Trukikaitis_Postimees, lk 92
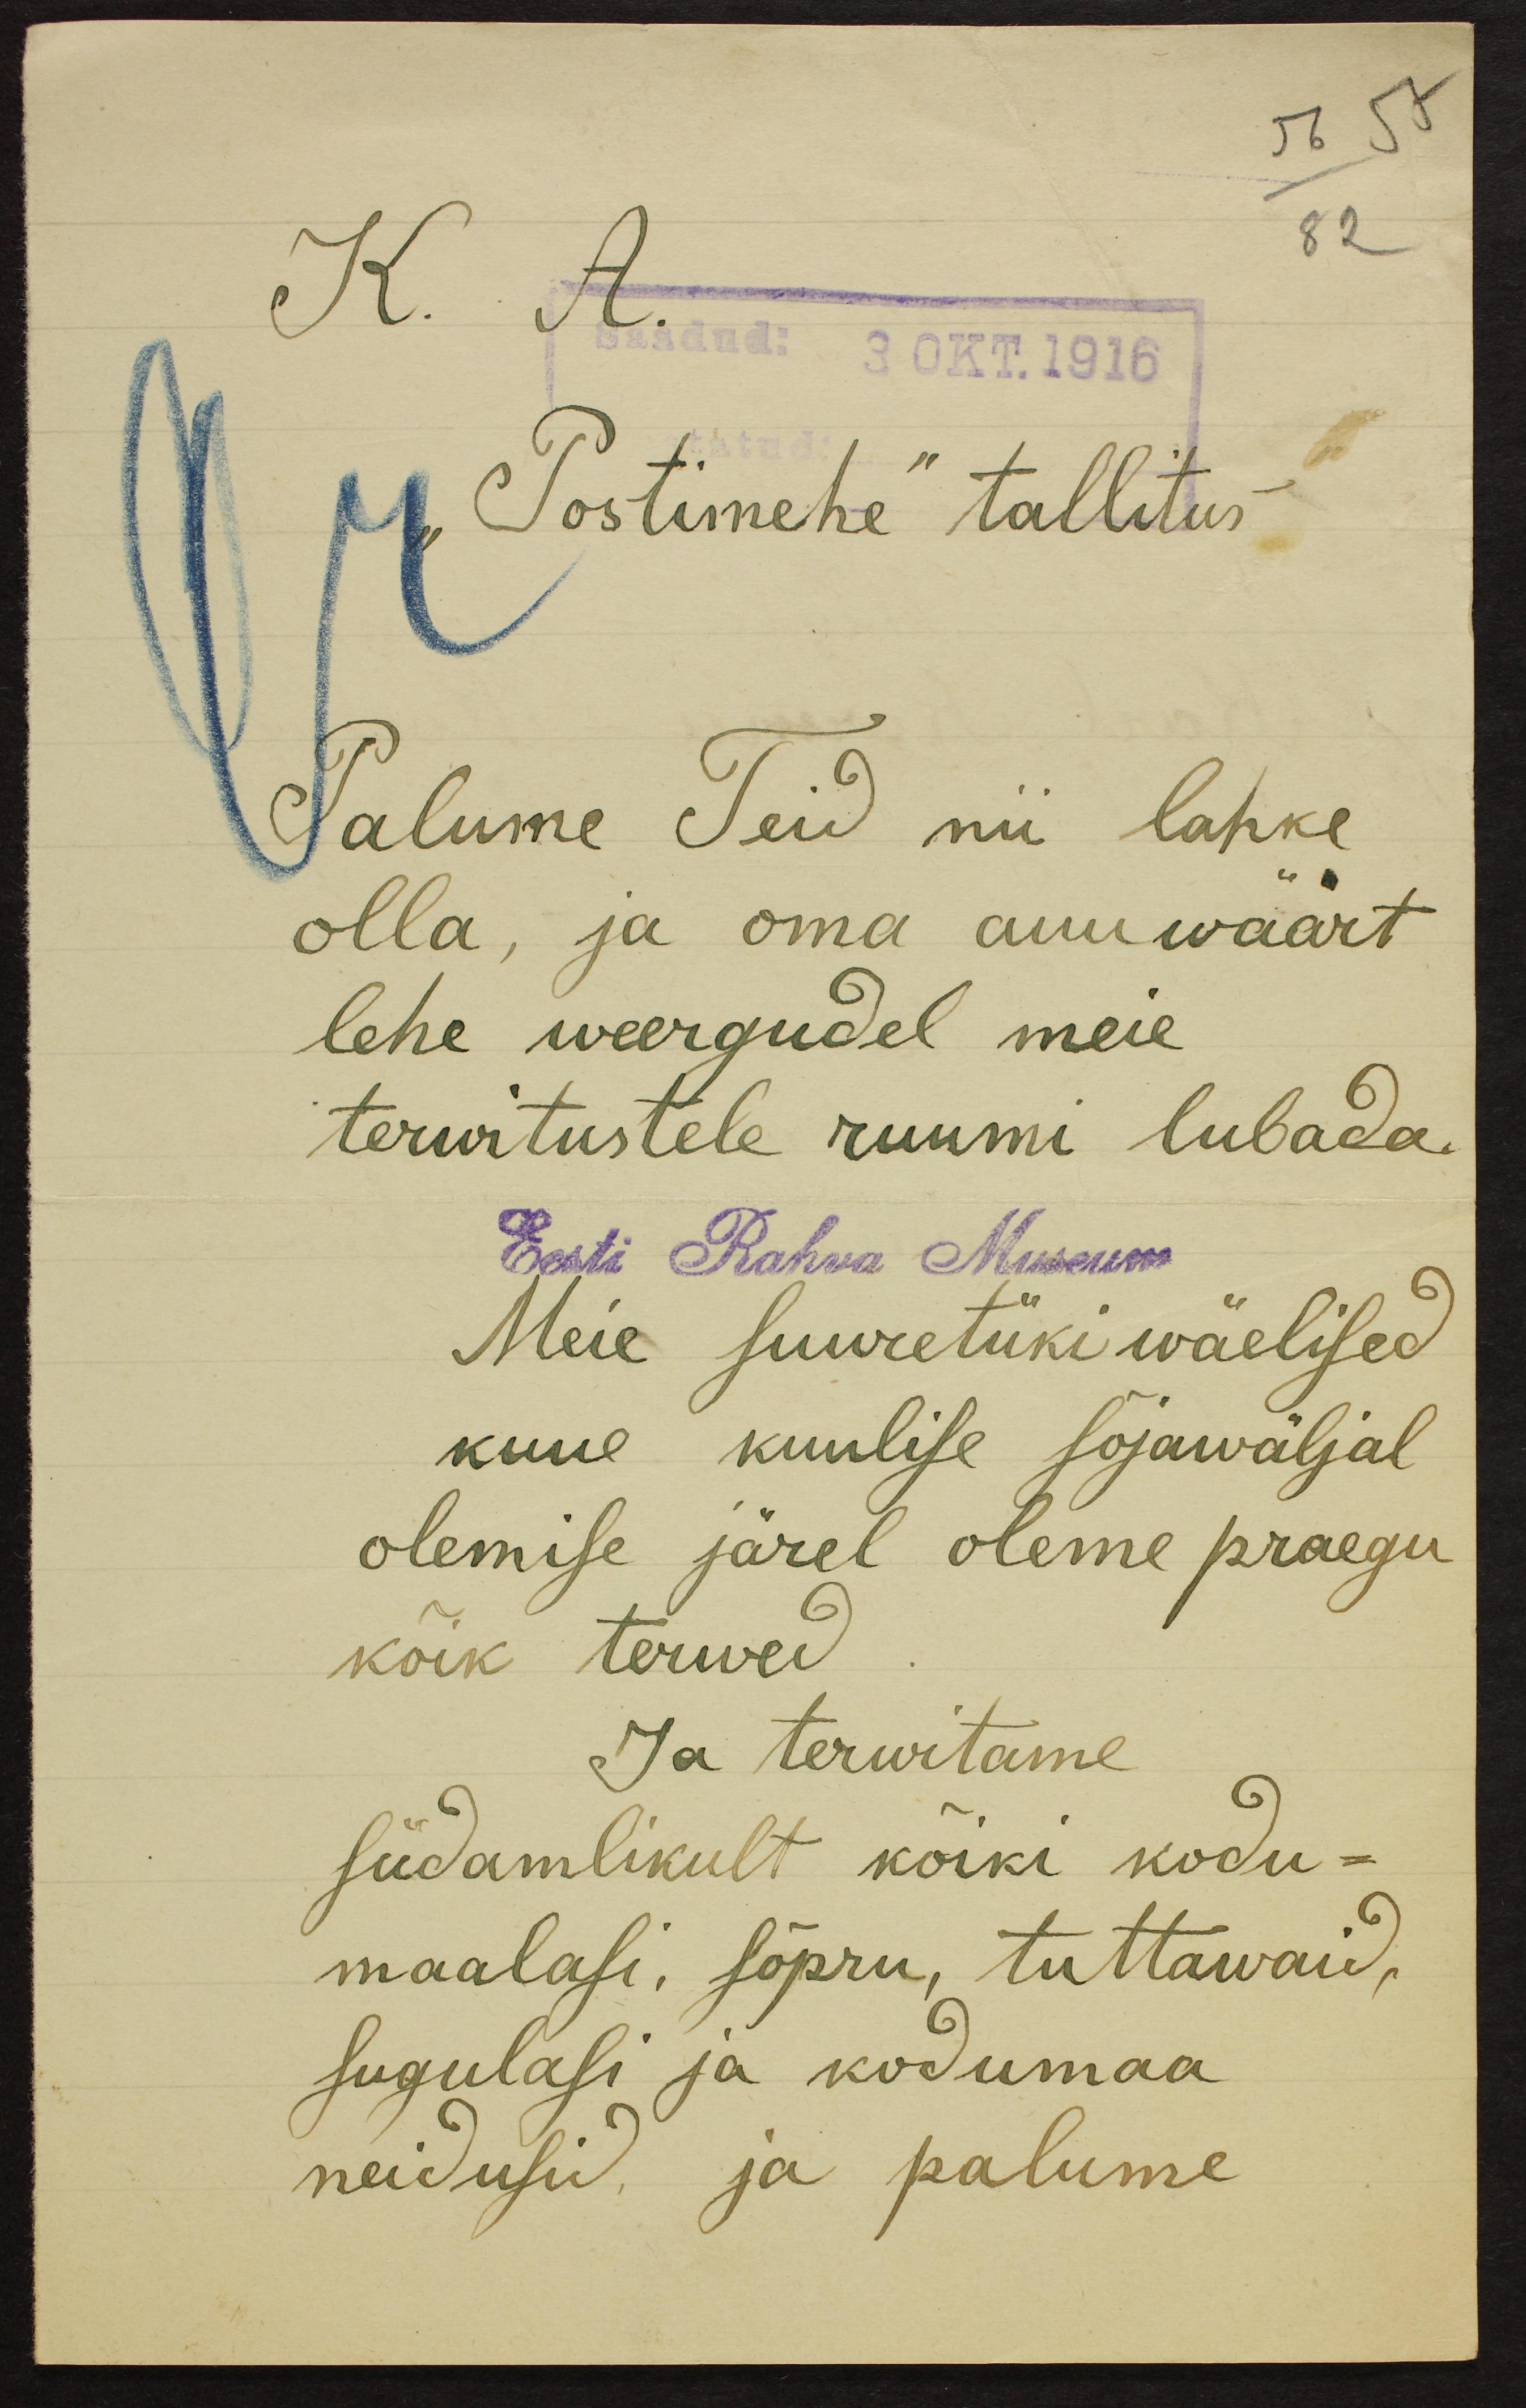
56 57

K. A.
82
Saadud: 3 OKT. 1916
"Postimehe" tallitus
Palume Teid nii lahke
olla, ja oma auuwäärt
lehe weergudel meie
terwitustele ruumi lubada
Eesti Rahva Museum
Meie suuretüki wäelised
kuue kuulise sõjawäljal
olemise järel oleme praegu
kõik terwed
Ja terwitame
südamlikult kõiki kodu-
maalasi, sõpru, tuttawaid,
sugulasi ja kodumaa
neidusid ja palume